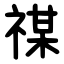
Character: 禖